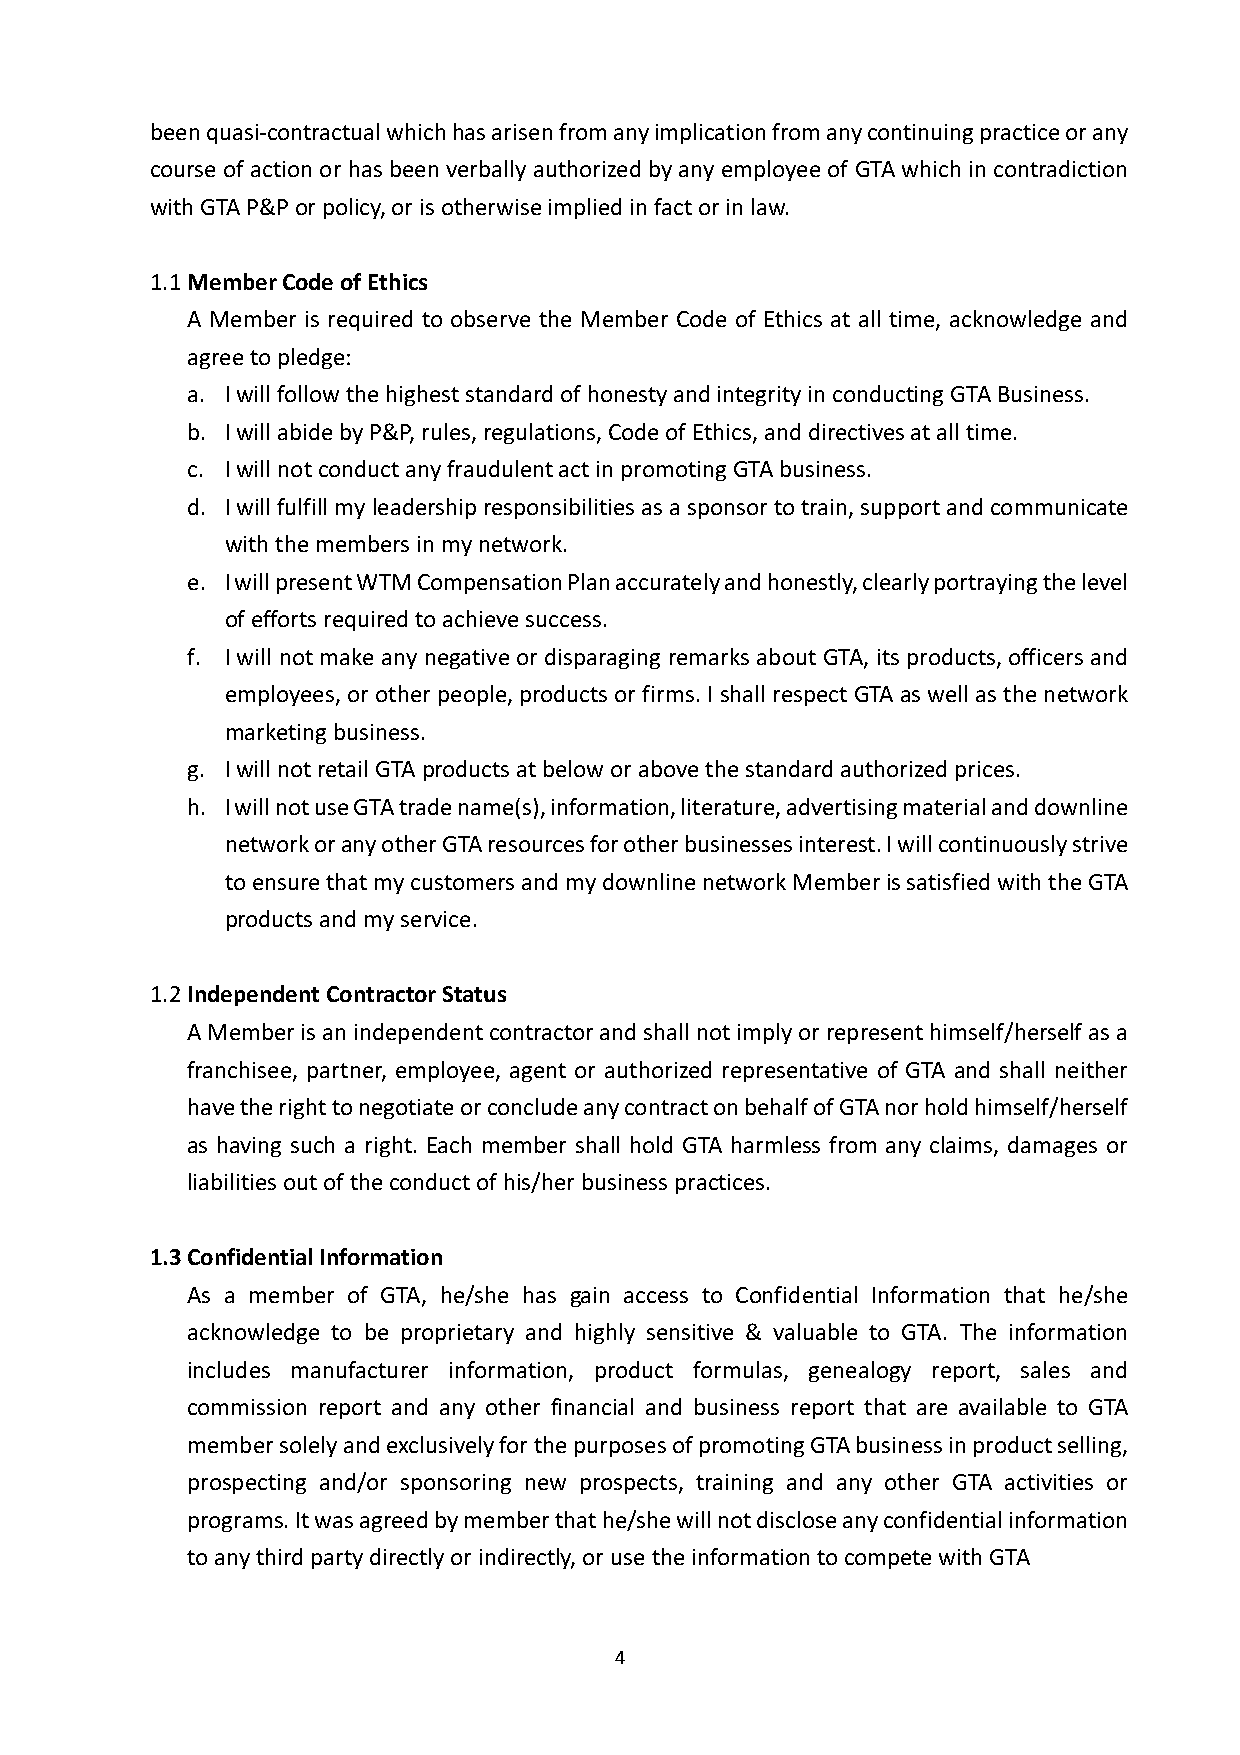
been quasi-contractual which has arisen from any implication from any continuing practice or any
 course of action or has been verbally authorized by any employee of GTA which in contradiction
 with GTA P&P or policy, or is otherwise implied in fact or in law.
 1.1 Member Code of Ethics
 A Member is required to observe the Member Code of Ethics at all time, acknowledge and
 agree to pledge:
 a. I will follow the highest standard of honesty and integrity in conducting GTA Business.
 b. I will abide by P&P, rules, regulations, Code of Ethics, and directives at all time.
 c. I will not conduct any fraudulent act in promoting GTA business.
 d. I will fulfill my leadership responsibilities as a sponsor to train, support and communicate
 with the members in my network.
 e. I will present WTM Compensation Plan accurately and honestly, clearly portraying the level
 of efforts required to achieve success.
 f. I will not make any negative or disparaging remarks about GTA, its products, officers and
 employees, or other people, products or firms. I shall respect GTA as well as the network
 marketing business.
 g. I will not retail GTA products at below or above the standard authorized prices.
 h. I will not use GTA trade name(s), information, literature, advertising material and downline
 network or any other GTA resources for other businesses interest. I will continuously strive
 to ensure that my customers and my downline network Member is satisfied with the GTA
 products and my service.
 1.2 Independent Contractor Status
 A Member is an independent contractor and shall not imply or represent himself/herself as a
 franchisee, partner, employee, agent or authorized representative of GTA and shall neither
 have the right to negotiate or conclude any contract on behalf of GTA nor hold himself/herself
 as having such a right. Each member shall hold GTA harmless from any claims, damages or
 liabilities out of the conduct of his/her business practices.
 1.3 Confidential Information
 As a member of GTA, he/she has gain access to Confidential Information that he/she
 acknowledge to be proprietary and highly sensitive & valuable to GTA. The information
 includes manufacturer information, product formulas, genealogy report, sales and
 commission report and any other financial and business report that are available to GTA
 member solely and exclusively for the purposes of promoting GTA business in product selling,
 prospecting and/or sponsoring new prospects, training and any other GTA activities or
 programs. It was agreed by member that he/she will not disclose any confidential information
 to any third party directly or indirectly, or use the information to compete with GTA
 4